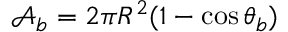
\mathcal { A } _ { b } = 2 \pi R ^ { 2 } ( 1 - \cos \theta _ { b } )